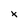
Character: x